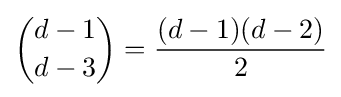
{d-1 \choose d-3}={\frac {(d-1)(d-2)}{2}}